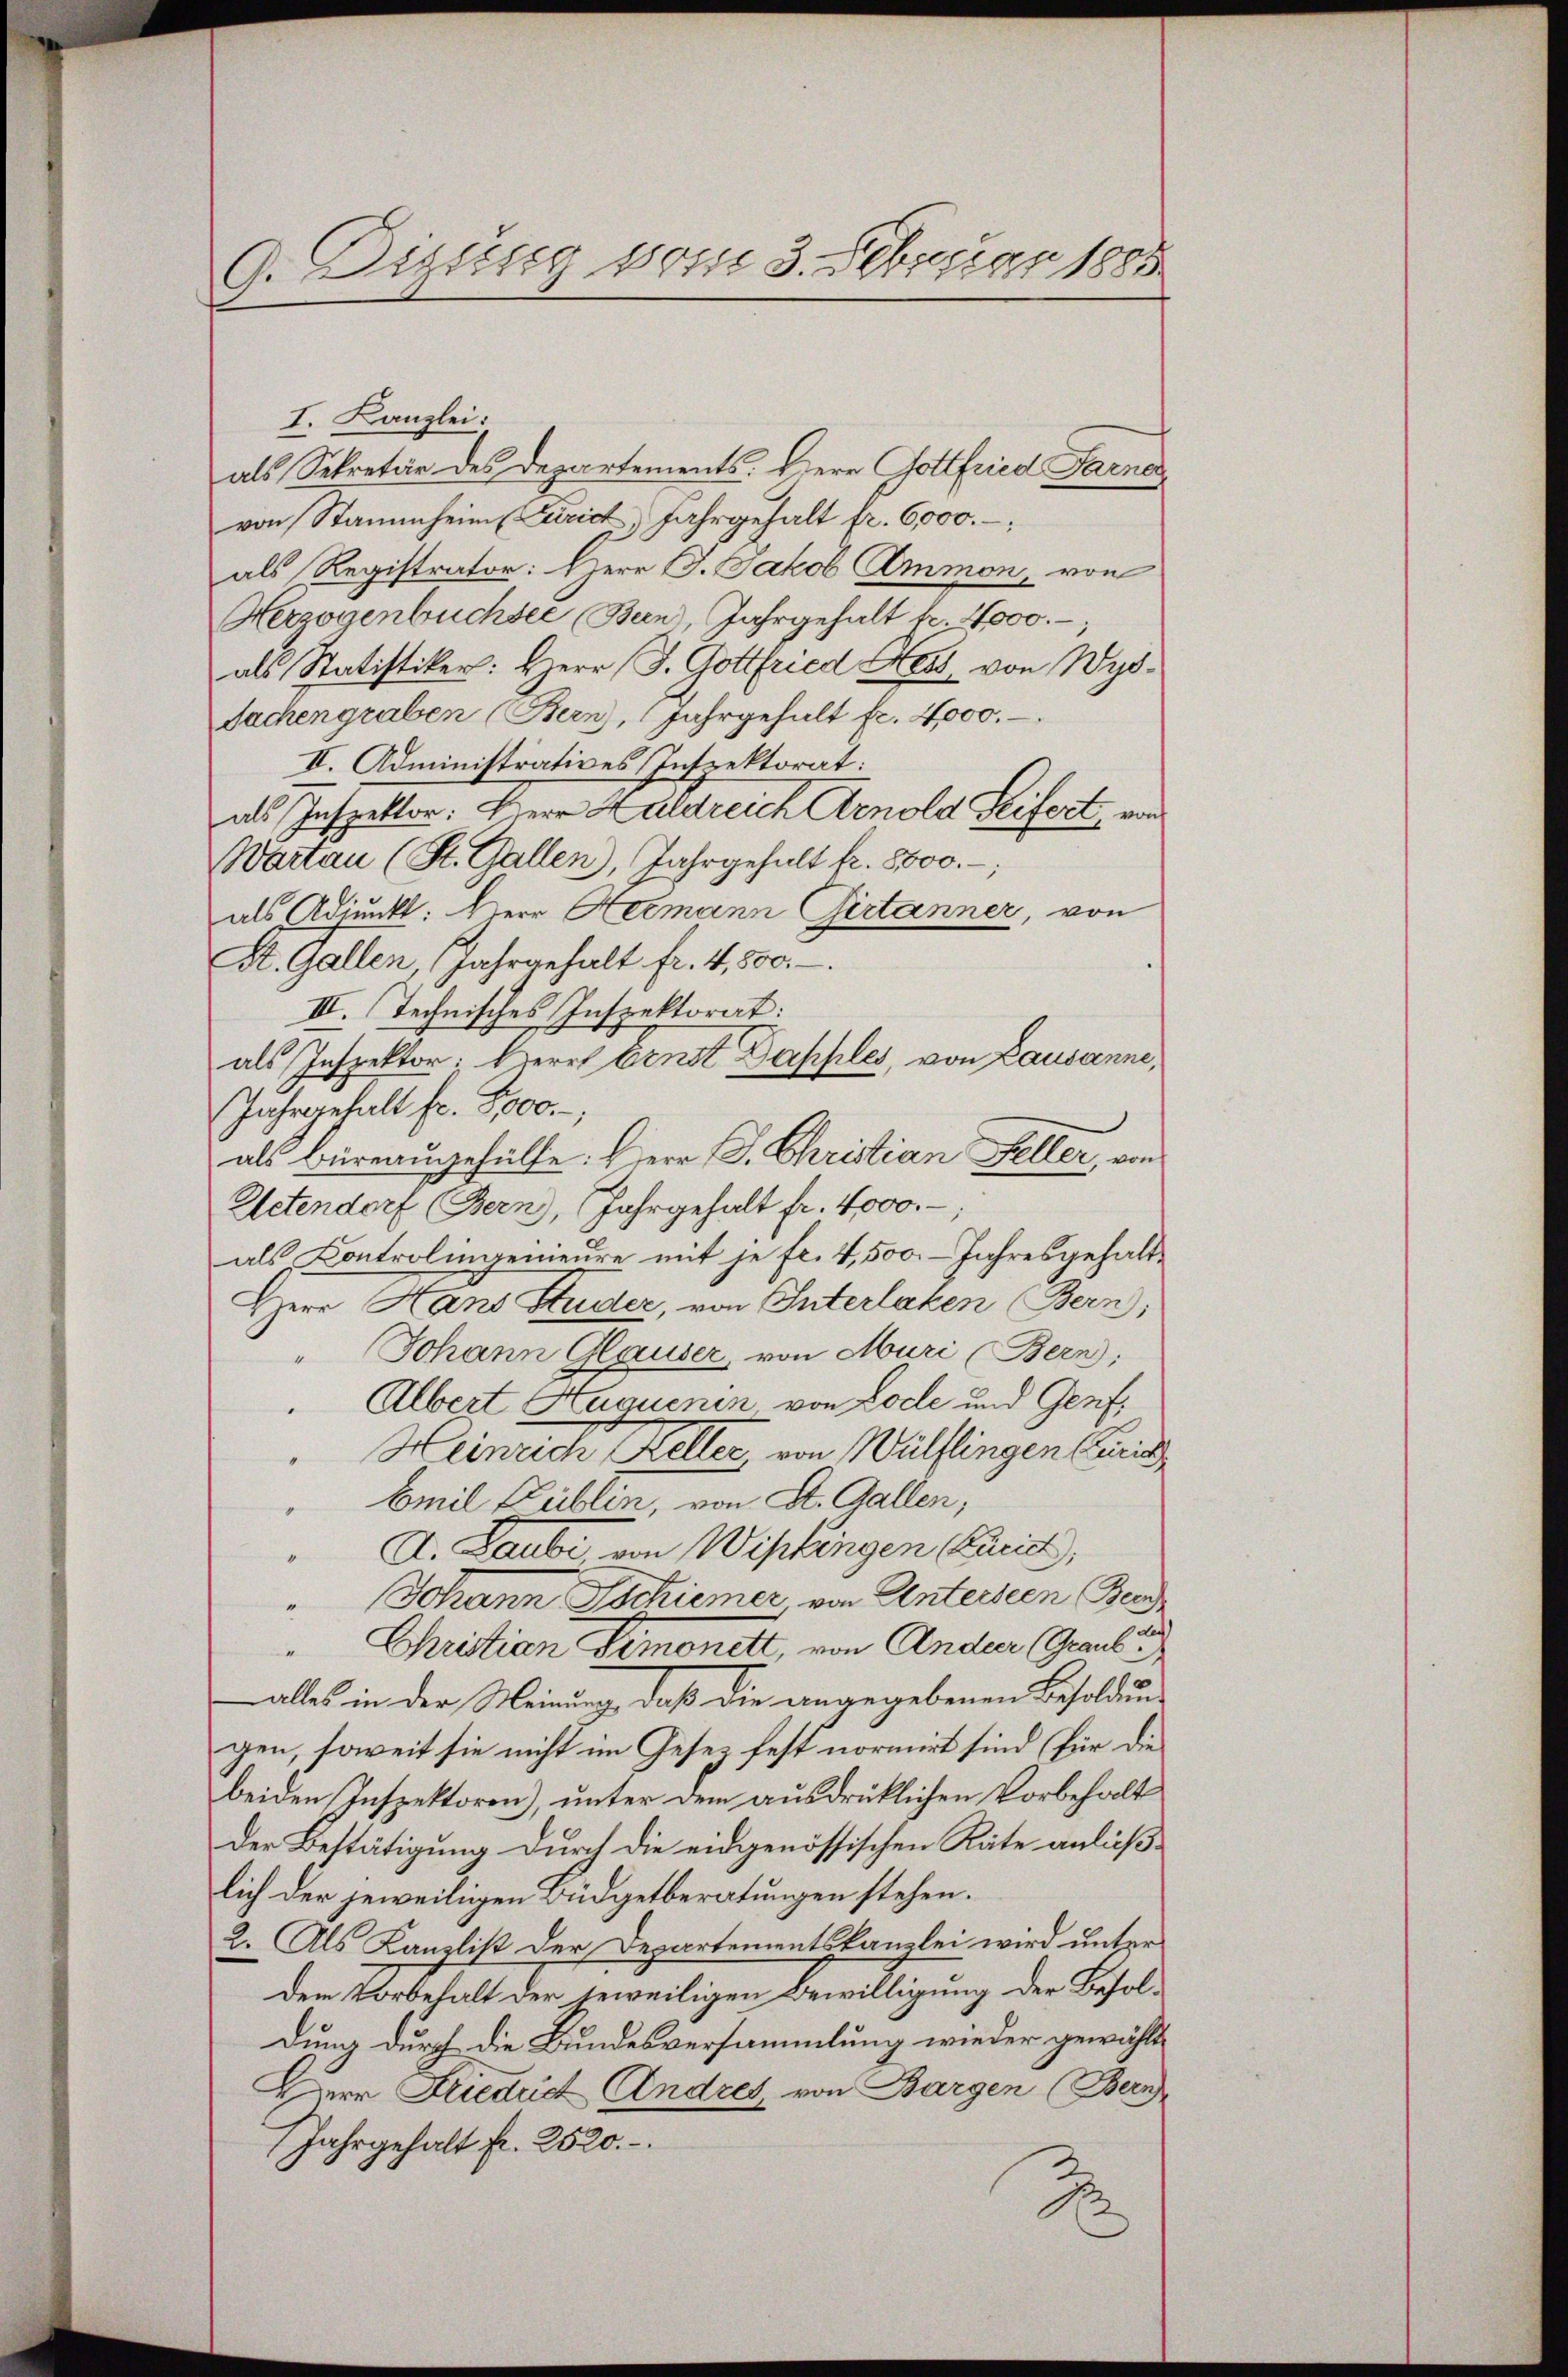
G. Dizung vom 3. Februar 1885

I. Kanzlei:
als Sekretär des Departements. Herr Gottfried Farner
von Stammheim Curich, Jahrgehalt fr. 6,000.
als Registrator: Herr J. Jakob Ammon, von
Herzogenbüchsee (Bern, Jahrgehalt fr. 4000.
als Statistiker: Herr (S. Gottfried Hess von Wyd¬
Sachengraben (Bern, (Jahrgehalt fr. 4000.
II. Administratives Inspektorat:
als Inspektor: Herr Huldreich Arnold Seifert, von
Wartau (St. Gallen, Jahrgehalt fr. 8000.
als Adjunkt: Herr Hermann Girtanner, von
A. Gallen, Jahrgehalt fr. 4,500.
III. Technisches Inspektorat:
als Inspektor: Herr Ernst Dapples, von Lausanne,
Jahrgehalt fr. 8000.,
als Büreausgehülfe: Herr J. Christian Feller, von
Petendorf (Bern, Jahrgehalt fr. 4000.-,
als Controlingenieure mit je fl. 4,500.- Jahresgehalt¬
Herr Hans Studer, von Interlaken Bern,
" Johann Glauser, von Muri (Bern;
Albert Huquenin von Loche und Genf,
Heinreich Keller von Wülflingen Cri
Emil Publin, von St. Gallen,
A. Laube, von Wipkingen Paris,
" Johann Tschiener von Anteiseen Ber
en
Christian Simonett, von Ander (Graubi
 alles in der Meinung, daß die angegebenen Besoldun-
gen, soweit sie nicht im Gesetz fest normirt sind (für die
beiden Inspektoren), unter dem ausdrüklichen Vorbehalt
der Bestätigung durch die eidgenössischen Räte anläßlich der jeweiligen Büdgetberatungen stehen.
2. Als Kanzlist der Departementskanzlei wird unter
den Vorbehalt der jeweiligen Bewilligung der Besoldung durch die Bundesversammlung wieder gewählt
Herr Friedes Andres von Bargen (Bern
Jahrgehalt fr. 2520.
A